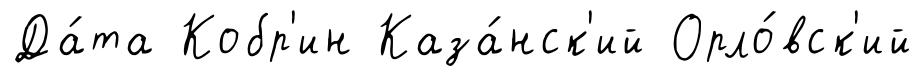
Да́та Кобр'ин Каза́нск'ий Орло́вск'ий